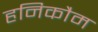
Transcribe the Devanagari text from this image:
हनिकौम